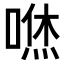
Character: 𠹎